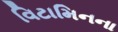
વિટામિનના